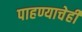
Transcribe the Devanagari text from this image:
पाहण्याचेही